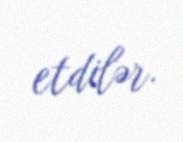
etdilər.